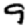
Digit: 9